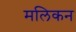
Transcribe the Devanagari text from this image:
मलिकन